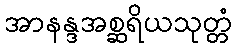
အာနန္ဒအစ္ဆရိယသုတ္တံ